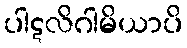
ပါဋလိဂါမိယာပိ